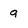
Character: 9